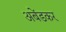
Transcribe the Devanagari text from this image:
अबेंडकर